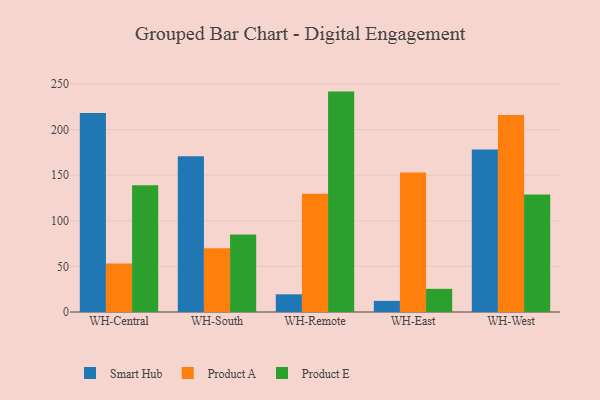
{"axis": {"x": "Warehouse", "y": "Operating Costs (USD K)"}, "legend": ["Product A", "Product E", "Smart Hub"], "data": [{"x": "WH-Central", "y": 218.1, "type": "Smart Hub"}, {"x": "WH-Central", "y": 53.2, "type": "Product A"}, {"x": "WH-Central", "y": 139.0, "type": "Product E"}, {"x": "WH-South", "y": 170.9, "type": "Smart Hub"}, {"x": "WH-South", "y": 69.8, "type": "Product A"}, {"x": "WH-South", "y": 85.1, "type": "Product E"}, {"x": "WH-Remote", "y": 19.4, "type": "Smart Hub"}, {"x": "WH-Remote", "y": 129.8, "type": "Product A"}, {"x": "WH-Remote", "y": 241.7, "type": "Product E"}, {"x": "WH-East", "y": 12.2, "type": "Smart Hub"}, {"x": "WH-East", "y": 152.9, "type": "Product A"}, {"x": "WH-East", "y": 25.4, "type": "Product E"}, {"x": "WH-West", "y": 178.1, "type": "Smart Hub"}, {"x": "WH-West", "y": 216.0, "type": "Product A"}, {"x": "WH-West", "y": 128.9, "type": "Product E"}]}